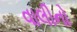
વાલીનો